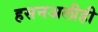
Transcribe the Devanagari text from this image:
हसनअलीही